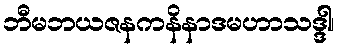
ဘီမဘယဇနကနိနာဒမဟာသဒ္ဒါ၊